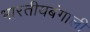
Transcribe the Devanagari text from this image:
भारतीयबंगाली